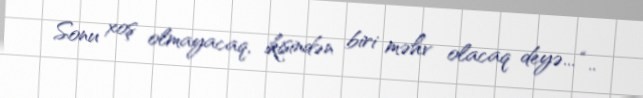
Sonu xoş olmayacaq, ikisindən biri məhv olacaq deyə... “..